Leaving Certificate Examination (including Day School Certificate (Higher) General paper), 1927
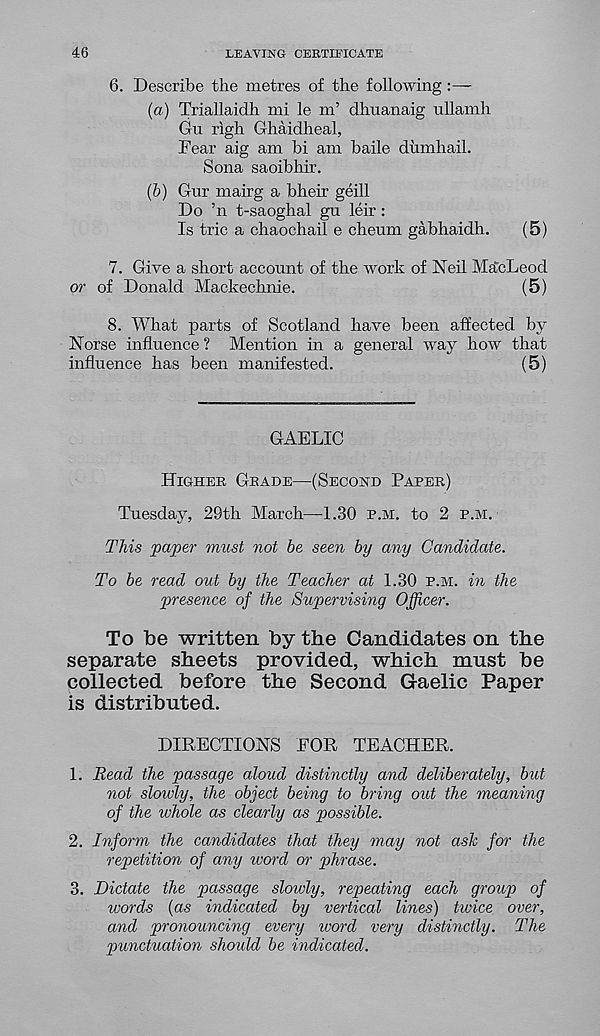
46
LEAVING CERTIFICATE
6. Describe the metres of the following:—
{a) Triallaidh mi le m’ dhuanaig ullamh
Gu righ Ghaidheal,
Fear aig am hi am baile dumhail.
Sona saoibhir.
(6) Gur mairg a bheir geill
Do ’n t-saoghal gu leir :
Is trie a chaochail e cheum gabhaidh.
(5)
7. Give a short account of the work of Neil MacLeod
or of Donald Mackechnie.
(5)
8. What parts of Scotland have been affected by
Norse influence ? Mention in a general way how that
influence has been manifested.
(5)
GAELIC
Higher Grade—(Second Paper)
Tuesday, 29th March—1.30 p.m. to 2 p.m.
This ‘paper must not be seen by any Candidate.
To be read out by the Teacher at 1.30 p.m. in the
presence of the Supervising Officer.
To be written by the Candidates on the
separate sheets provided, which must be
collected before the Second Gaelic Paper
is distributed.
DIRECTIONS FOR TEACHER.
1. Bead the passage aloud distinctly and deliberately, but
not slowly, the object being to bring old the meaning
of the whole as clearly as possible.
2. Inform the candidates that they may not ash for the
repetition of any ivord or phrase.
3. Dictate the passage slowly, repeating each group of
words (as indicated by vertical lines) twice over,
and pronouncing every ivord very distinctly. The
punctuation should be indicated.